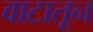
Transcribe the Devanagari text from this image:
वाटातून